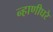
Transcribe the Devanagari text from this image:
न्हाणीघरे